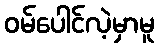
ဝမ်ပေါင်လဲ့မှာမူ